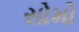
સોમો